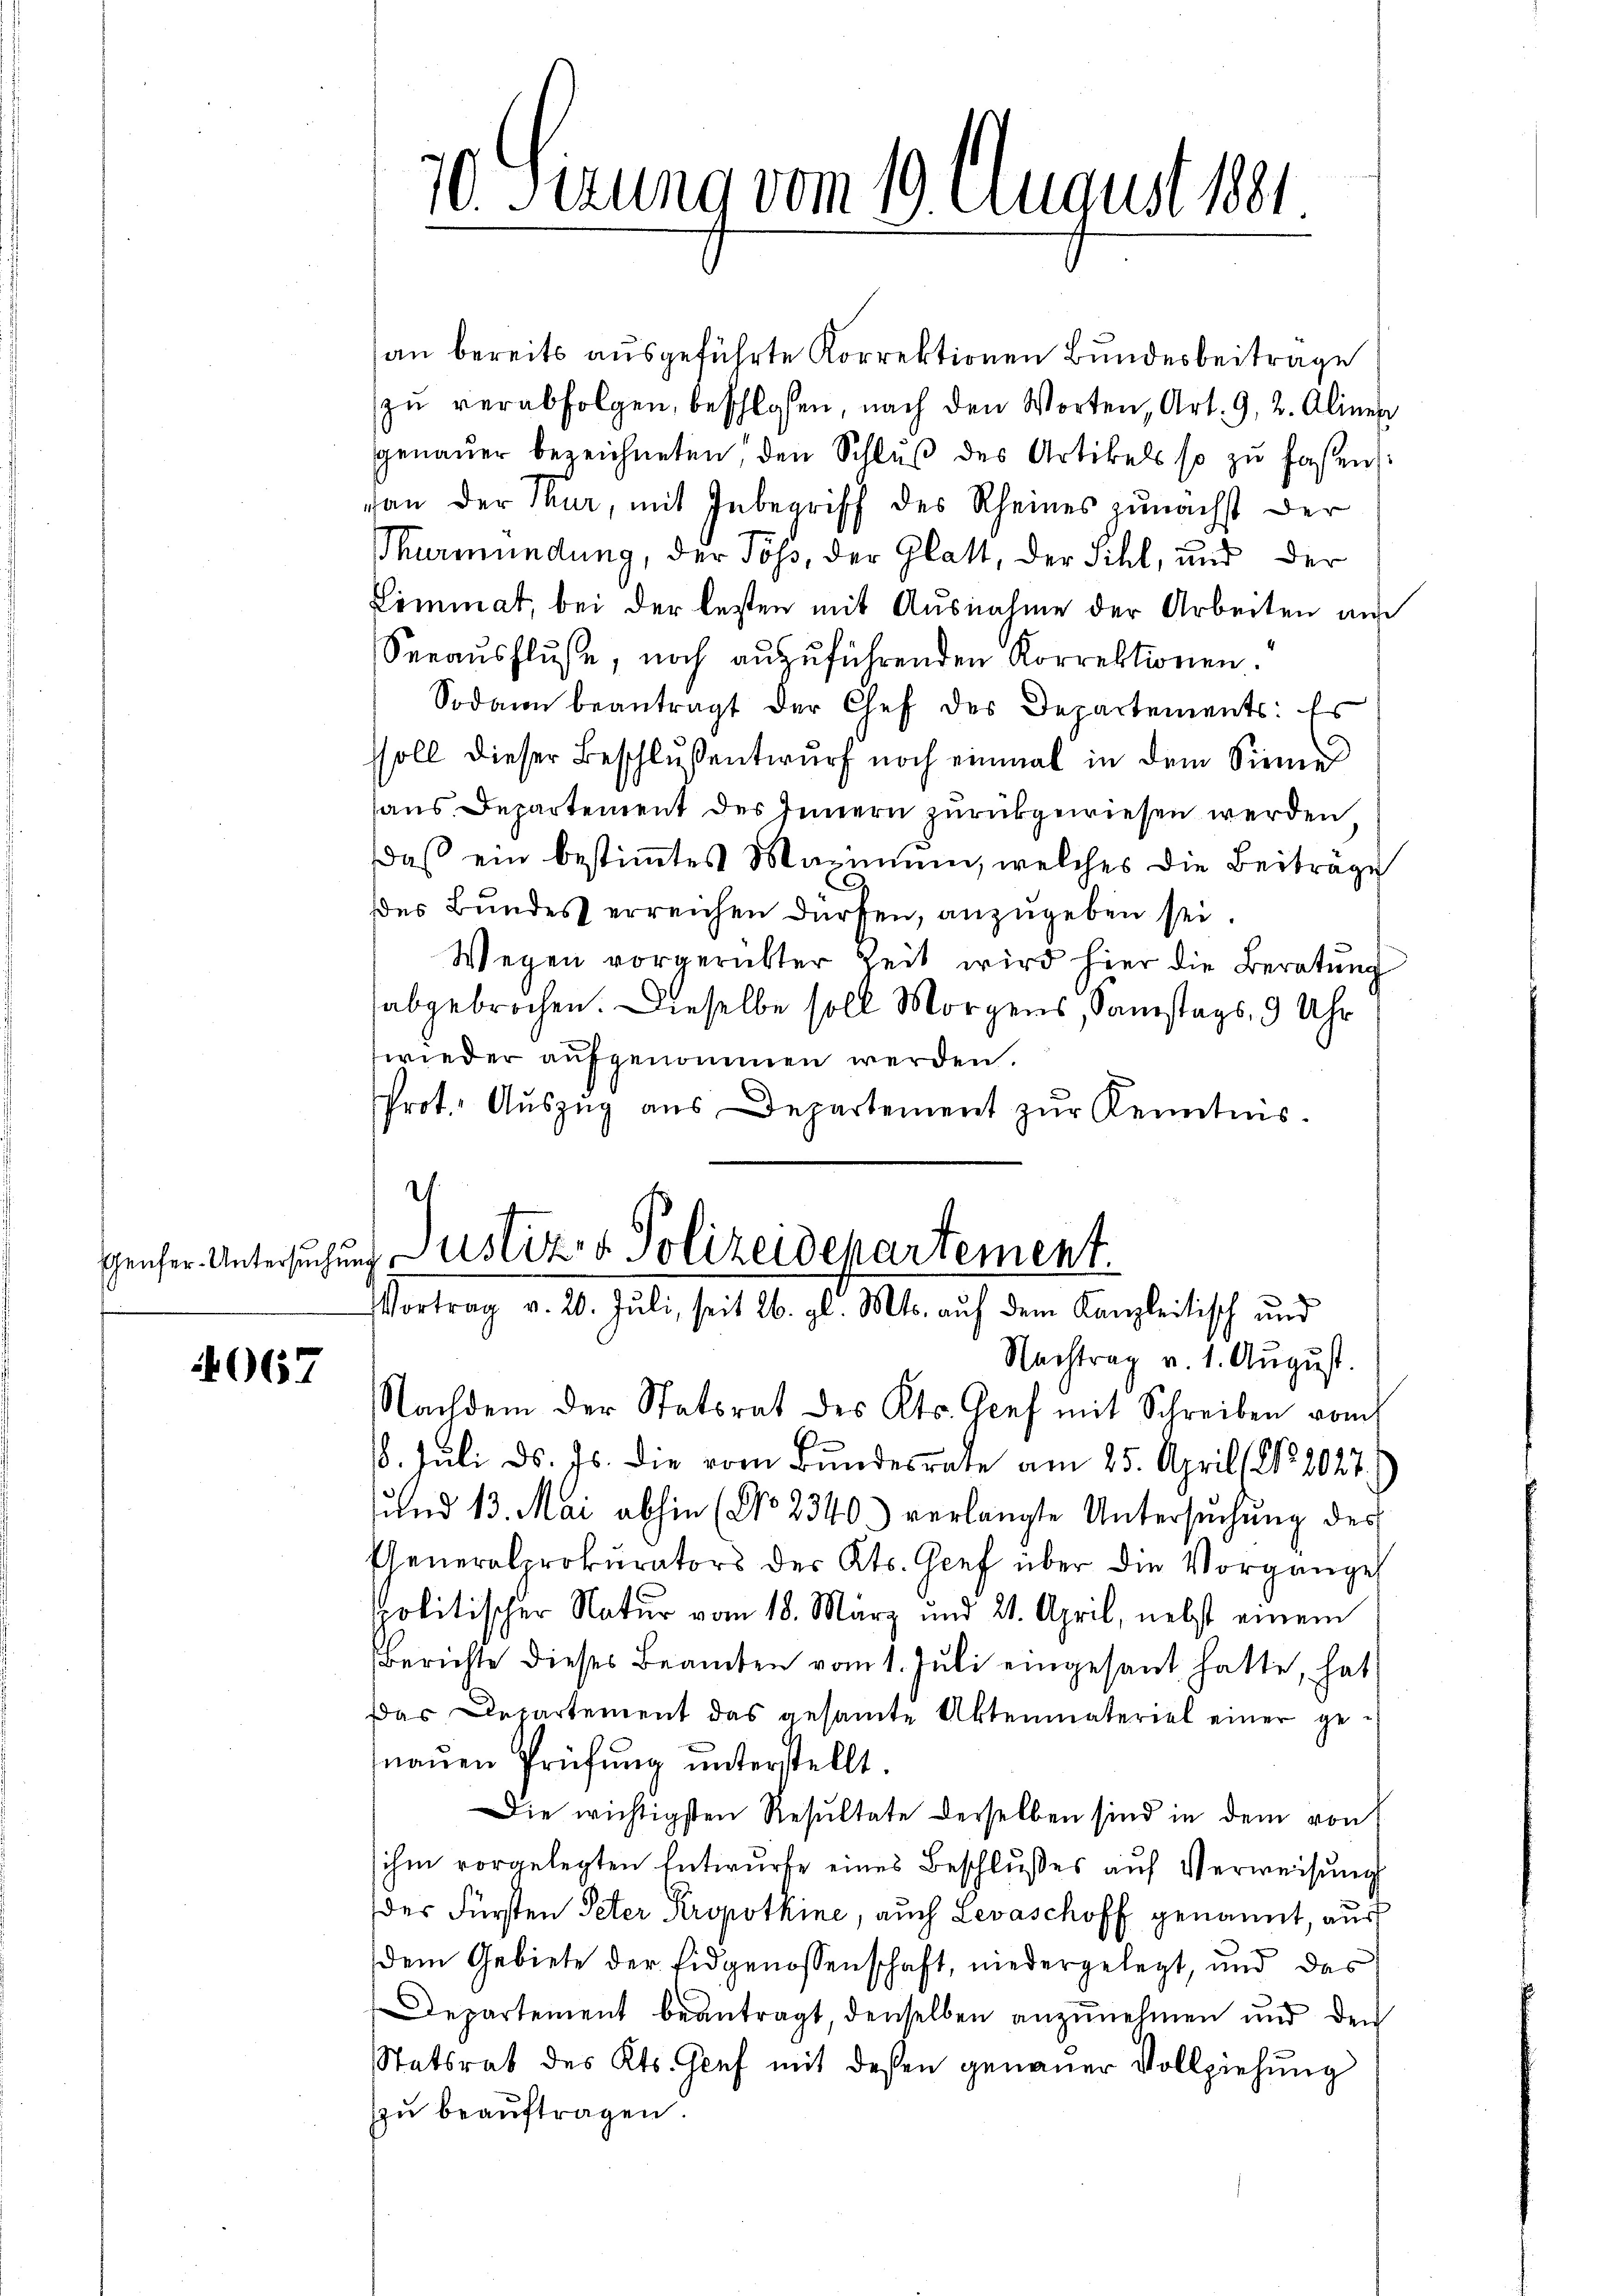
4067

an bereits ausgeführte Korrektionen Bundesbeitrage
zu verabfolgen, beschlossen, nach den Worten, Art. 9, 2. Aliner
genauer bezeichneten, den Schluß des Artikels so zu faßen:
van der Thur, mit Inbegriff des Rheines zunächst der
Thurmündung, der Töß, der Glatt, der Sihl, und der
Limmat, bei der lezten mit Ausnahme der Arbeiten auf
Seeaŭsflŭse, noch anzuführenden Korrektionen.
Sodann beantragt der Chef des Departements: Er
ssoll dieser Beschlussentwurf noch einmal in dem Sinne
haus Departement des Innern zurückgewiesen werden
daβ ein bestimmtes Maximum, welches die Beiträge
des Bŭndes erreichen dürfen, anzugeben sei.
Wegen vorgerütter Zeit wird hier die Beratung
abgebrochen. Dieselbe soll Morgens, Samstags 9 Uhr
wieder aufgenommen werden.
Prot. Auszug aus Departement zŭr Kenntnis.

10. Sitzung vom 19. August 1881

Genfer Untersuchung Justiz- & Polizeidepartement
Vortrag v. 20. Juli, seit 26. gl. Mts. auf dem Kanzleitisch und

Nachtrag v. 1. August.
Nachdem der Statsrat des Kts. Genf mit Schreiben vom
18. Juli d. Js. die vom Bundesrate am 25. April ( No. 2027.
und 13. Mai abhin (No 2340.) verlangte Untersŭchŭng des
Pheneralprokurators des Kts. Genf über die Vorganges
politischer Natur vom 18. März und 21. April, nebst einem
Berichte dieses Beamten vom 1. Juli eingesant hatte, hat
Das Departement das gesamte Aktenmateriel einer genauen Prüfung unterstellt.
Die wichtigsten Resultate derselben sind in dem von
ihm vorgelegten Entwurfe eines Beschlŭsses aŭf Verweisung
der Fürsten Peter Propothine, auch Levaschoff genannt, aus
dem Gebiete der Eidgenossenschaft, niedergelegt, und das
Departement beantragt, derselben anzunehmen und den
Statsrat des Kts. Genf mit deßen genauer Vollziehung
zu beaŭftragen.